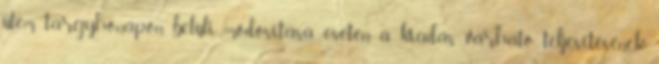
ütem tárgyhónapon belüli módosítása esetén a kiadás várható teljesítésének